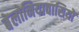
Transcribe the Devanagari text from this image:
बेलोनियावासियों